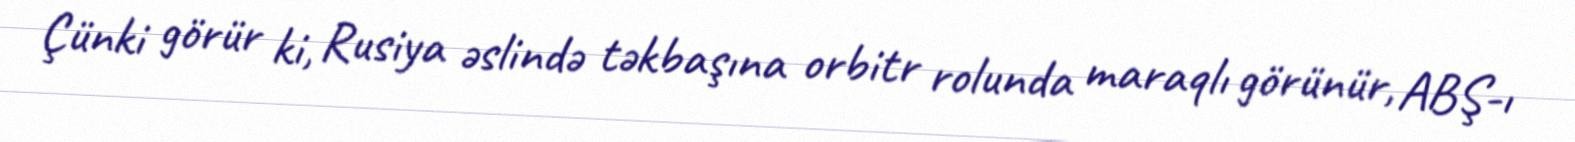
Çünki görür ki, Rusiya əslində təkbaşına orbitr rolunda maraqlı görünür, ABŞ-ı